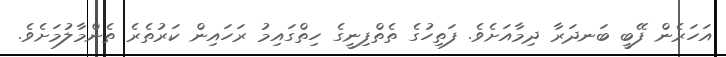
އަހަރެން ފޭބީ ބަނދަރާ ދިމާއަށެވެ. ފަތިހުގެ ތެތްފިނީގެ ހިތްގައިމު ރަހައިން ކަރުތެރެ ތެންމާލުމަށެވެ.